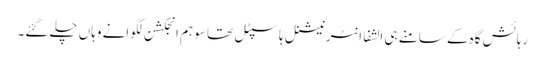
رہائش گاہ کے سامنے ہی الشفا انٹرنیشنل ہاسپٹل تھا سو ہم انجکشن لگوانے وہاں چلے گئے۔